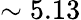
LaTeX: \sim 5.13